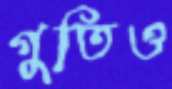
গুতিও